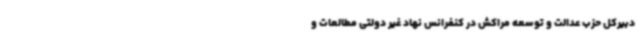
دبیرکل حزب عدالت و توسعه مراکش در کنفرانس نهاد غیر دولتی مطالعات و